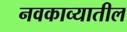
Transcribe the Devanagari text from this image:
नवकाव्यातील